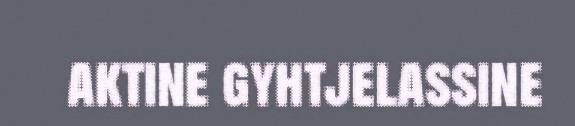
aktine gyhtjelassine